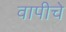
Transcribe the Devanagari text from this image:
वापीचे